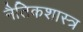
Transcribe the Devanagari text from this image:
नैतिकशास्त्र